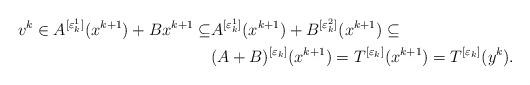
LaTeX: \begin{align*}v^k\in A^{[\varepsilon_k^1]}(x^{k+1})+Bx^{k+1}\subseteq & A^{[\varepsilon_k^1]}(x^{k+1})+B^{[\varepsilon_k^2]}(x^{k+1})\subseteq\\ & (A+B)^{[\varepsilon_k]}(x^{k+1})=T^{[\varepsilon_k]}(x^{k+1})=T^{[\varepsilon_k]}(y^k).\end{align*}